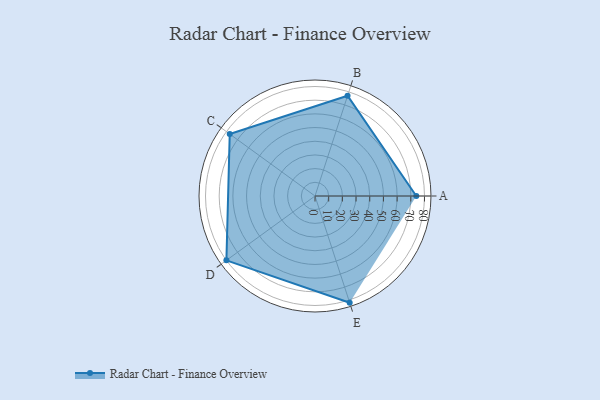
{"axis": {"x": "Skill", "y": "Score"}, "legend": ["Profile"], "data": [{"x": "A", "y": 74.0, "type": "Profile"}, {"x": "B", "y": 77.0, "type": "Profile"}, {"x": "C", "y": 77.0, "type": "Profile"}, {"x": "D", "y": 80.0, "type": "Profile"}, {"x": "E", "y": 82.0, "type": "Profile"}]}